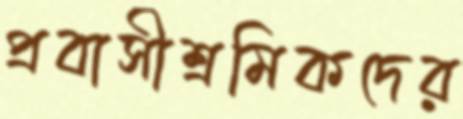
প্রবাসীশ্রমিকদের